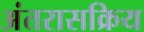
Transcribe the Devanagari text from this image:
अंतरासक्रिय